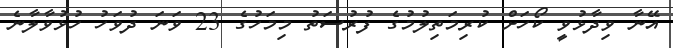
އޭނާ ވިދާޅުވީ ކޯހަށް ކުރިމަތިލުމުގެ ފުރުސަތު މިމަހުގެ 23 ވަނަ ދުވަހު ހުޅުވާލާނެ